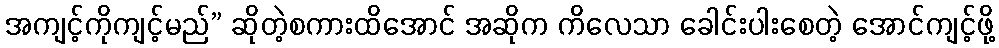
အကျင့်ကိုကျင့်မည်” ဆိုတဲ့စကားထိအောင် အဆိုက ကိလေသာ ခေါင်းပါးစေတဲ့ အောင်ကျင့်ဖို့